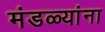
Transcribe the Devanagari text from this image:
मंडळ्यांना